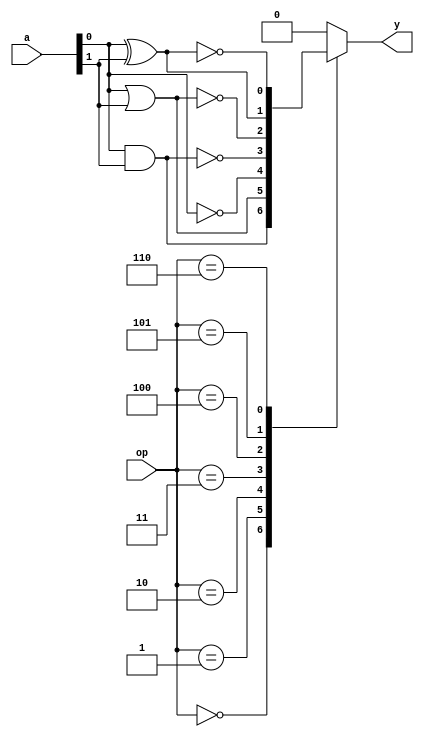
module covered_cell (
    input  wire [1:0] a,         // Two binary inputs
    input  wire [2:0] op,        // Operation selector (3 bits)
    output reg  y                // Output
);

// Operation codes
localparam AND_OP   = 3'b000;
localparam OR_OP    = 3'b001;
localparam NOT_OP   = 3'b010;
localparam NAND_OP  = 3'b011;
localparam NOR_OP   = 3'b100;
localparam XOR_OP   = 3'b101;
localparam XNOR_OP  = 3'b110;

// Combinational logic implementation
always @(*) begin
    case (op)
        AND_OP:   y = a[0] & a[1];          // AND operation
        OR_OP:    y = a[0] | a[1];          // OR operation
        NOT_OP:   y = ~a[0];                 // NOT operation (only on a[0])
        NAND_OP:  y = ~(a[0] & a[1]);       // NAND operation
        NOR_OP:   y = ~(a[0] | a[1]);       // NOR operation
        XOR_OP:   y = a[0] ^ a[1];          // XOR operation
        XNOR_OP:  y = ~(a[0] ^ a[1]);       // XNOR operation
        default:  y = 1'b0;                 // Default case
    endcase
end

endmodule